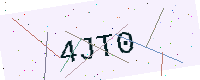
Text: 4JT0